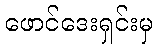
ဖောင်ဒေးရှင်းမှ